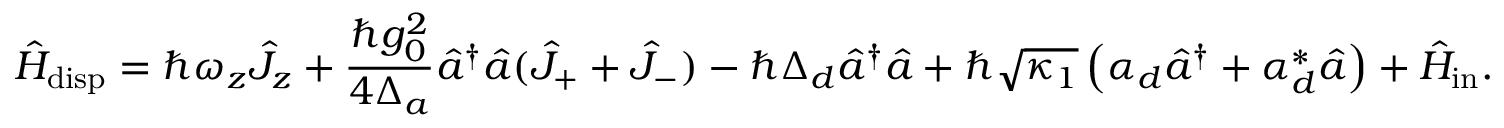
\hat { H } _ { \mathrm { d i s p } } = \hbar \omega _ { z } \hat { J } _ { z } + \frac { \hbar g _ { 0 } ^ { 2 } } { 4 \Delta _ { a } } \hat { a } ^ { \dagger } \hat { a } ( \hat { J } _ { + } + \hat { J } _ { - } ) - \hbar \Delta _ { d } \hat { a } ^ { \dagger } \hat { a } + \hbar \sqrt { \kappa _ { 1 } } \left( \alpha _ { d } \hat { a } ^ { \dagger } + \alpha _ { d } ^ { * } \hat { a } \right) + \hat { H } _ { \mathrm { i n } } .